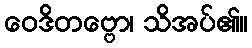
ဝေဒိတဗ္ဗော၊ သိအပ်၏။